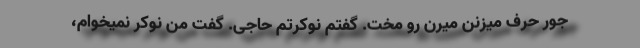
جور حرف میزنن میرن رو مخت. گفتم نوکرتم حاجی. گفت من نوکر نمیخوام،